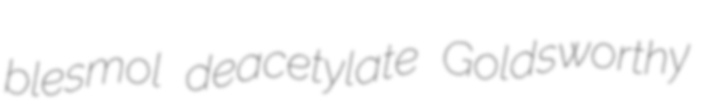
blesmol deacetylate Goldsworthy